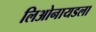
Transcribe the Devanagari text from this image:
लिओनायडला